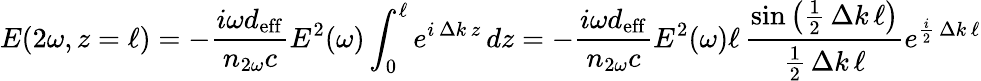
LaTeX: E(2\omega,z=\ell)=-{\frac{i\omega d_{\mathrm{eff}}}{n_{2\omega}c}}E^{2}(\omega)\int_{0}^{\ell}e^{i\, \Delta k\, z}\, dz=-{\frac{i\omega d_{\mathrm{eff}}}{n_{2\omega}c}}E^{2}(\omega)\ell\, {\frac{\sin\left({\frac{1}{2}}\, \Delta k\, \ell\right)}{{\frac{1}{2}}\, \Delta k\, \ell}}e^{{\frac{i}{2}}\, \Delta k\, \ell}